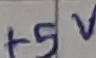
Text: +5V